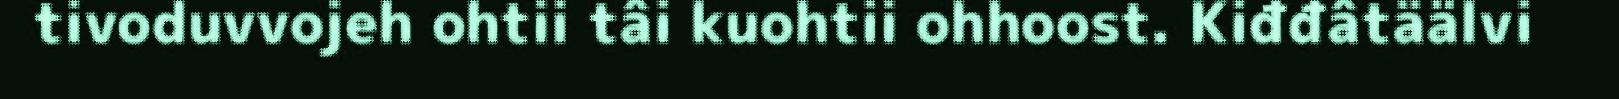
tivoduvvojeh ohtii tâi kuohtii ohhoost. Kiđđâtäälvi